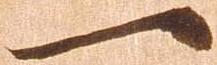
一